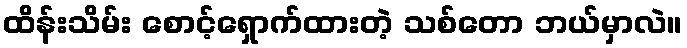
ထိန်းသိမ်း စောင့်ရှောက်ထားတဲ့ သစ်တော ဘယ်မှာလဲ။